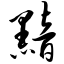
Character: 黯